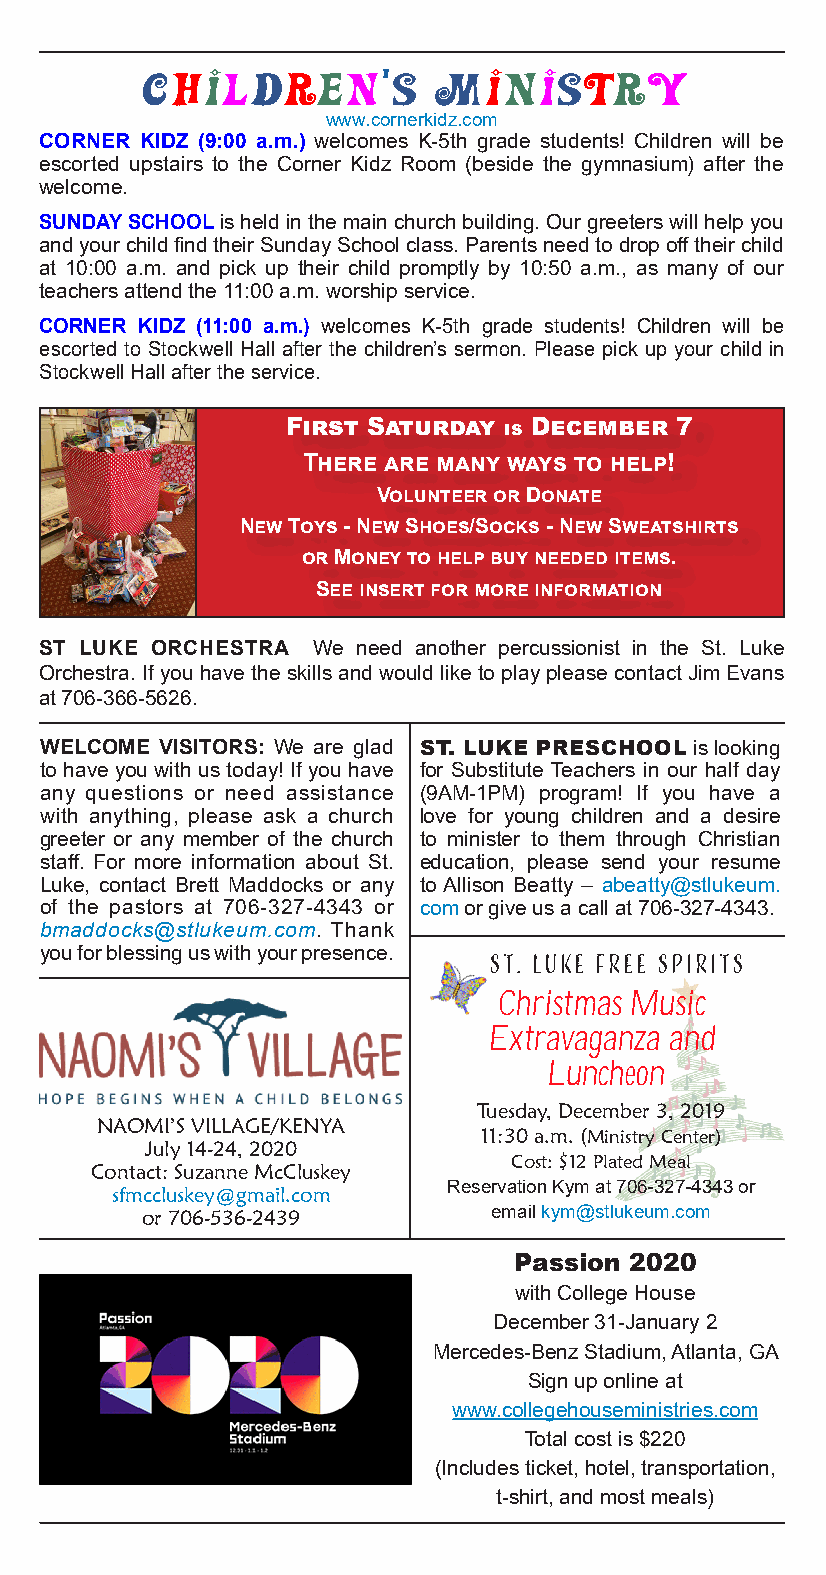
Children’s          Ministry
 www.cornerkidz.com
 CORNER KIDZ (9:00 a.m.) welcomes K-5th grade students! Children will be
 escorted upstairs to the Corner Kidz Room (beside the gymnasium) after the
 welcome.
 SUNDAY SCHOOL is held in the main church building. Our greeters will help you
 and your child find their Sunday School class. Parents need to drop off their child
 at 10:00 a.m. and pick up their child promptly by 10:50 a.m., as many of our
 teachers attend the 11:00 a.m. worship service.
 CORNER KIDZ (11:00 a.m.) welcomes K-5th grade students! Children will be
 escorted to Stockwell Hall after the children’s sermon. Please pick up your child in
 Stockwell Hall after the service.
 First Saturday is December 7
 There are many ways to help!
 Volunteer or Donate
 New Toys - New Shoes/Socks - New Sweatshirts
 or Money to help buy needed items.
 See insert for more information
 ST LUKE ORCHESTRA We need another percussionist in the St. Luke
 Orchestra. If you have the skills and would like to play please contact Jim Evans
 at 706-366-5626.
 WELCOME VISITORS: We are glad ST. LUKE PRESCHOOL is looking
 to have you with us today! If you have for Substitute Teachers in our half day
 any questions or need assistance (9AM-1PM) program! If you have a
 with anything, please ask a church love for young children and a desire
 greeter or any member of the church to minister to them through Christian
 staff. For more information about St. education, please send your resume
 Luke, contact Brett Maddocks or any to Allison Beatty – abeatty@stlukeum.
 of the pastors at 706-327-4343 or com or give us a call at 706-327-4343.
 bmaddocks@stlukeum.com. Thank
 you for blessing us with your presence.
 ST. LUKE FREE SPIRITS
 Christmas Music
 Extravaganza and
 Luncheon
 Tuesday, December 3, 2019
 NAOMI’S VILLAGE/KENYA
 11:30 a.m. (Ministry Center)
 July 14-24, 2020
 Cost: $12 Plated Meal
 Contact: Suzanne McCluskey
 sfmccluskey@gmail.com  Reservation Kym at 706-327-4343 or
 or 706-536-2439        email kym@stlukeum.com
 Passion 2020
 with College House
 December 31-January 2
 Mercedes-Benz Stadium, Atlanta, GA
 Sign up online at
 www.collegehouseministries.com
 Total cost is $220
 (Includes ticket, hotel, transportation,
 t-shirt, and most meals)